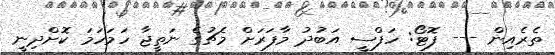
ތެރެއިން --- ފޮޓޯ: ހަފްސީ އަބުދު މާފަރަށް މެޗުގެ ނަތީޖާ ހަމަހަމަ ކޮށްދިނީ